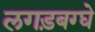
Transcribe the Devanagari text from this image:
लगड़बग्घे